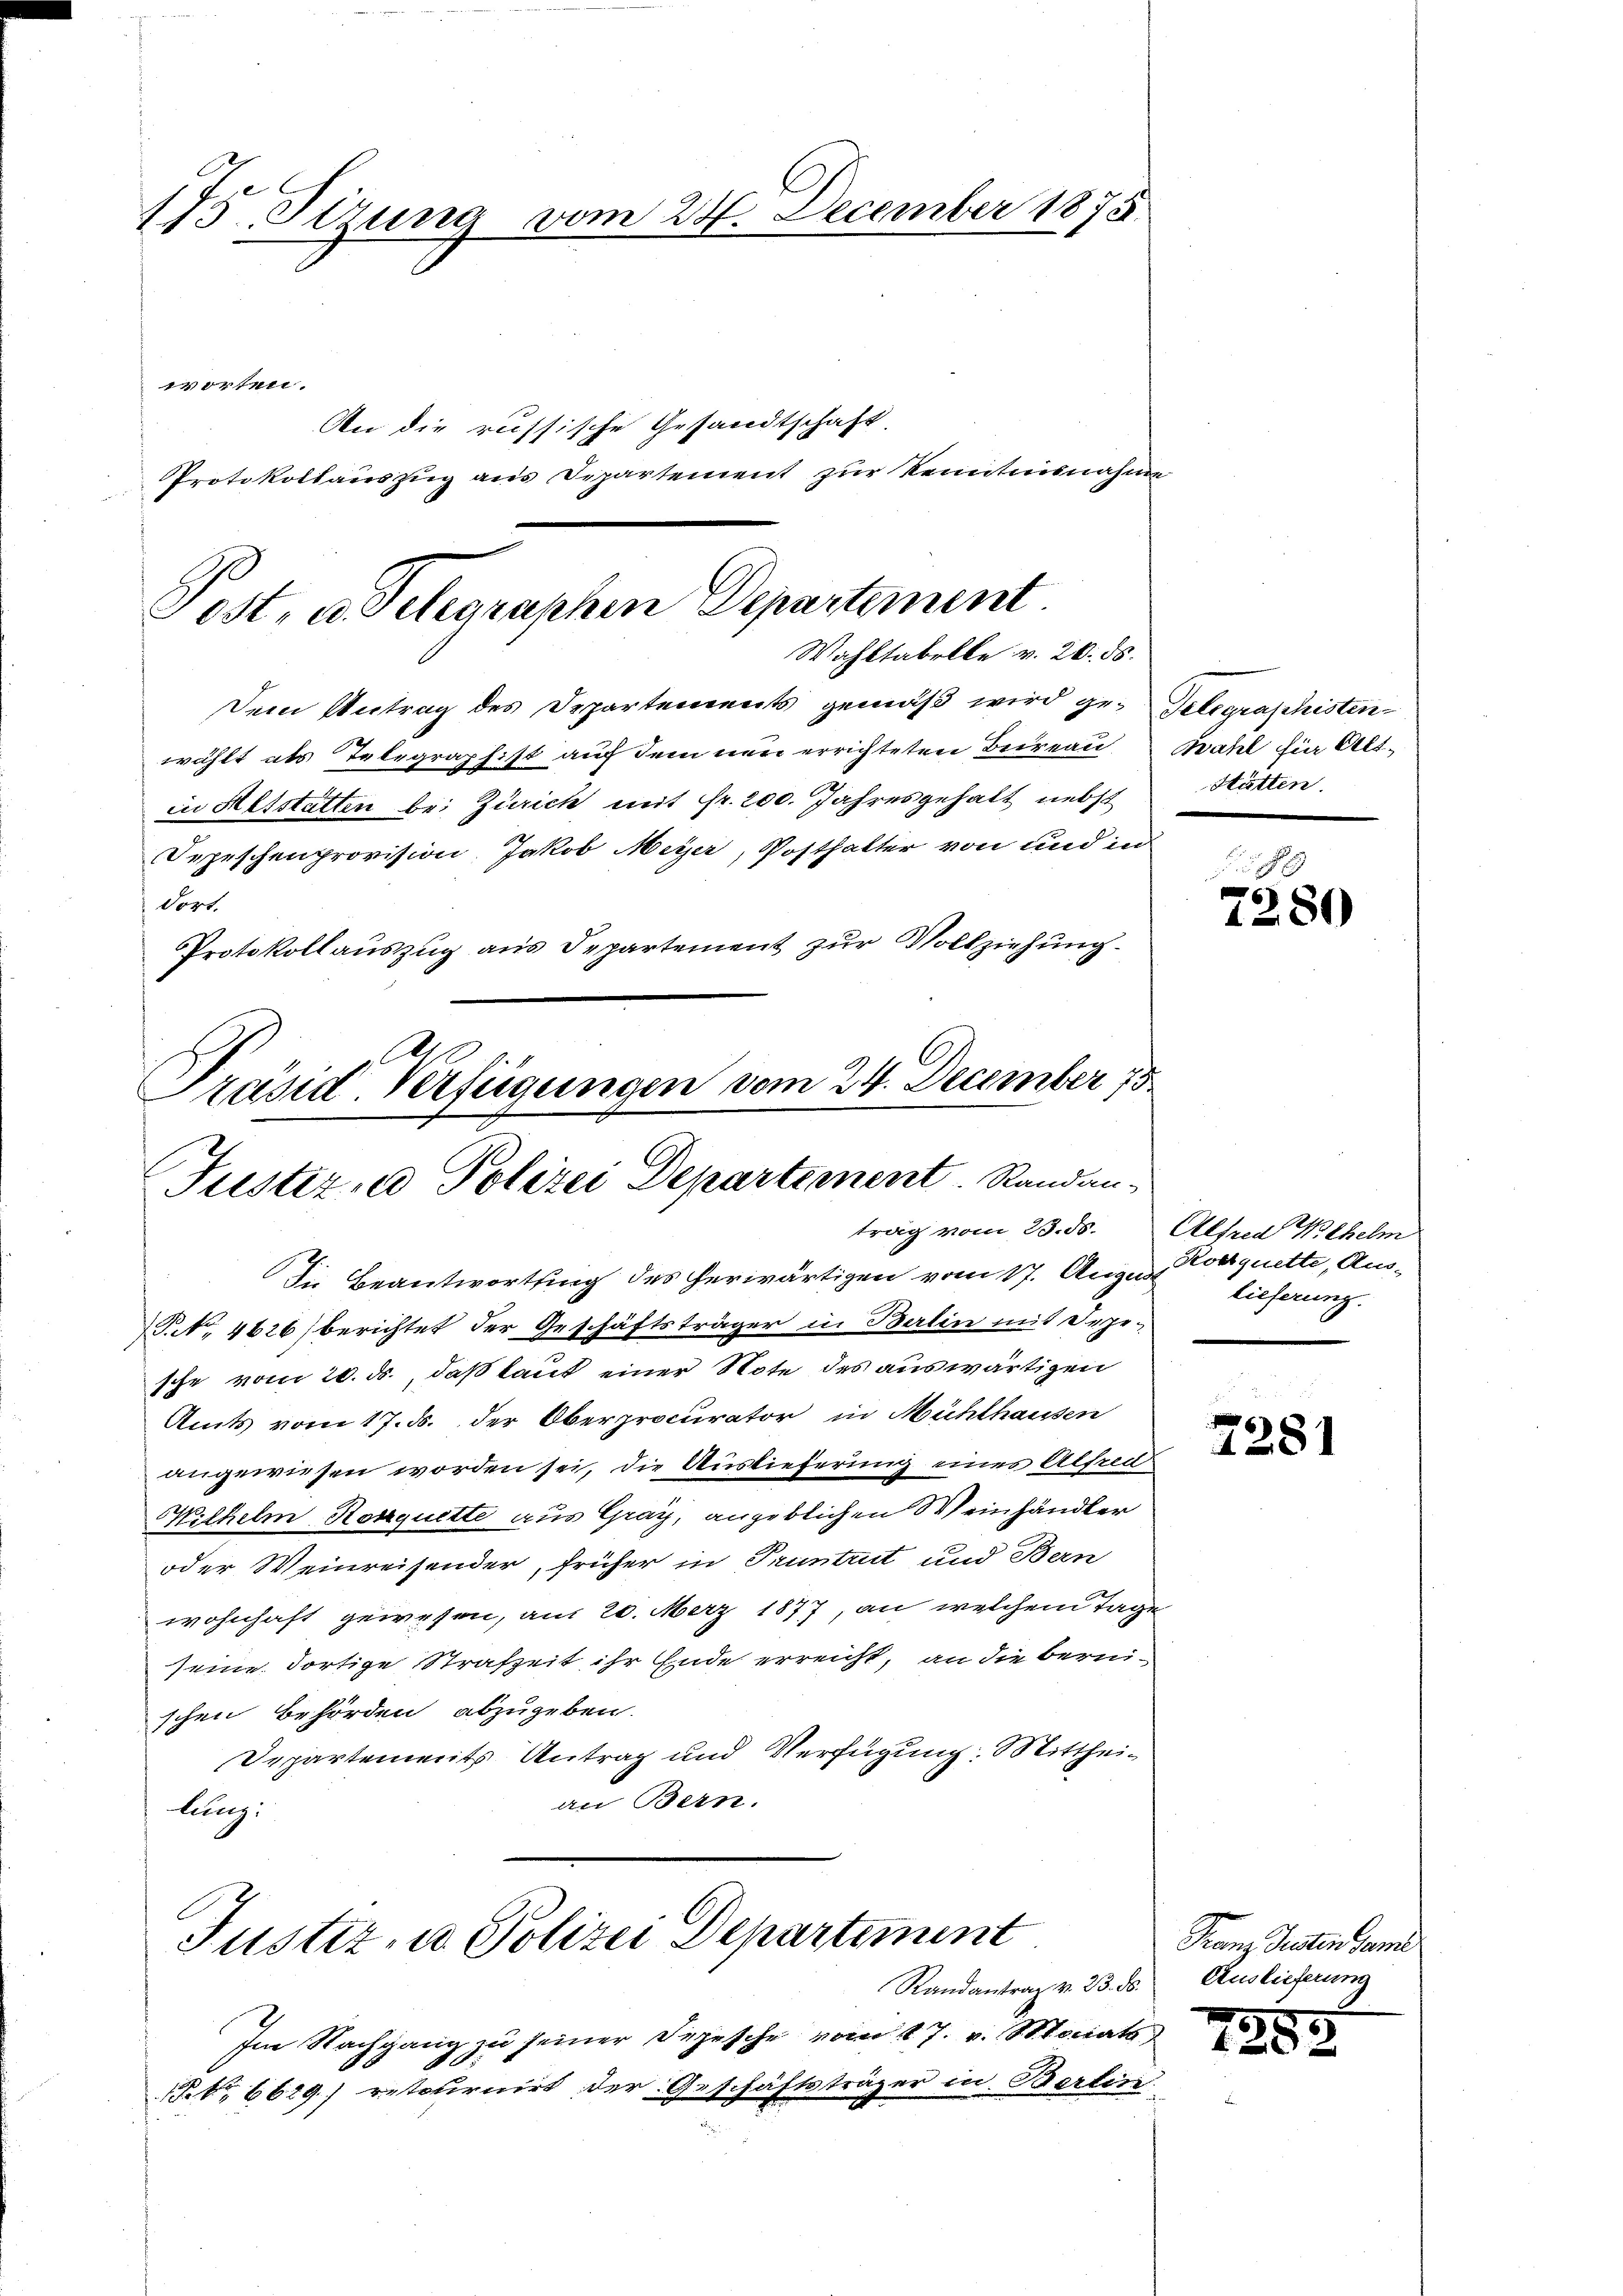
175. Sizung vom 24. December 1875.
worten.
An die russische Gesandtschaft.
Protokollauszug aus Departement zur Kenntnisnahme

Post, u. Telegraphen Departement.
Wahltabelle v. 26. ds.
Dem Antrag des Departements gemäß wird ge- Gelegraphisten¬

dort.
Protokollauszug aus Departement zur Vollziehung.

wählt als Telegraphist auf dem neu errichteten Beireau
in Mitstatten bei Zürich mit Fr. 200. Jahresgehalt nebst
Depeschenprovision. Jakob Meyer, Posthalter von und in

C
Präsid. Verfügungen vom 24. December 18
Justiz- u Polizei Departement. Randan-
Die Beantwortung des herwärtigen vom 17. August

R. 4626) berichtet der Geschäftsträger in Berlin mit Depesche vom 20. ds., daß laut einer Note des auswärtigen
Amts vom 17. ds. der Oberprocurator in Mühlhausen
angewiesen worden sei, die Auslieferung eines Alfred
Wilhelm Ronquette aus Gray, angeblichen Weinhändler
oder Weinreisender, früher in Pruntrut und Bern
wohnhaft gewesen, am 20. März 1877, an welchem Tage
seine dortige Strafzeit ihr Ende erreicht, an die bernischen Behörden abzugeben
Departements Antrag und Verfügung: Mittheian Bern.
lung.

Justiz- u. Polizei Departiment

trag vom 23. ds. Alfred Wilhelm

Randantrag v. 23. d. Auslieferung
Im Nachgang zu seiner Depesche vom 17. v. Monats
k 6629) retournirt der Geschäftsträger in Berlin

wahl für Alt-
Hätten.

7280

Kobsquette, Aus-
lieferung.

2281

Franz Jesten Fami

72

3